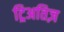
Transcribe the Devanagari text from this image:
ट्रिअतिज़